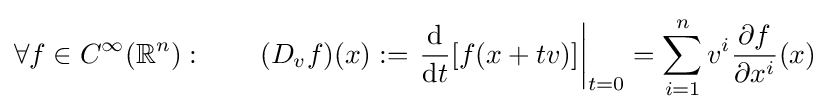
\forall f\in {C^{\infty }}(\mathbb {R} ^{n}):\qquad (D_{v}f)(x):=\left.{\frac {\mathrm {d} }{\mathrm {d} {t}}}[f(x+tv)]\right|_{t=0}=\sum _{i=1}^{n}v^{i}{\frac {\partial f}{\partial x^{i}}}(x)